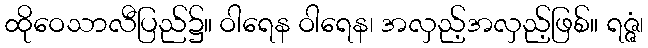
ထိုဝေသာလီပြည်၌။ ဝါရေန ဝါရေန၊ အလှည့်အလှည့်ဖြစ်။ ရဇ္ဇံ၊